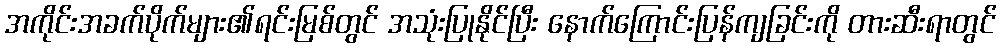
အကိုင်းအခက်ပိုက်များ၏ရင်းမြစ်တွင် အသုံးပြုနိုင်ပြီး နောက်ကြောင်းပြန်ကျခြင်းကို တားဆီးရာတွင်